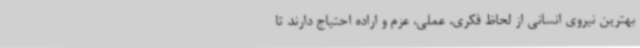
بهترین نیروی انسانی از لحاظ فکری، عملی، عزم و اراده احتیاج دارند تا